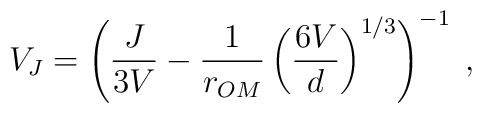
V_J = \left(\frac{J}{3V}-\frac{1}{r_{OM}}        \left(\frac{6V}{d}\right)^{1/3}        \right)^{-1} \; ,